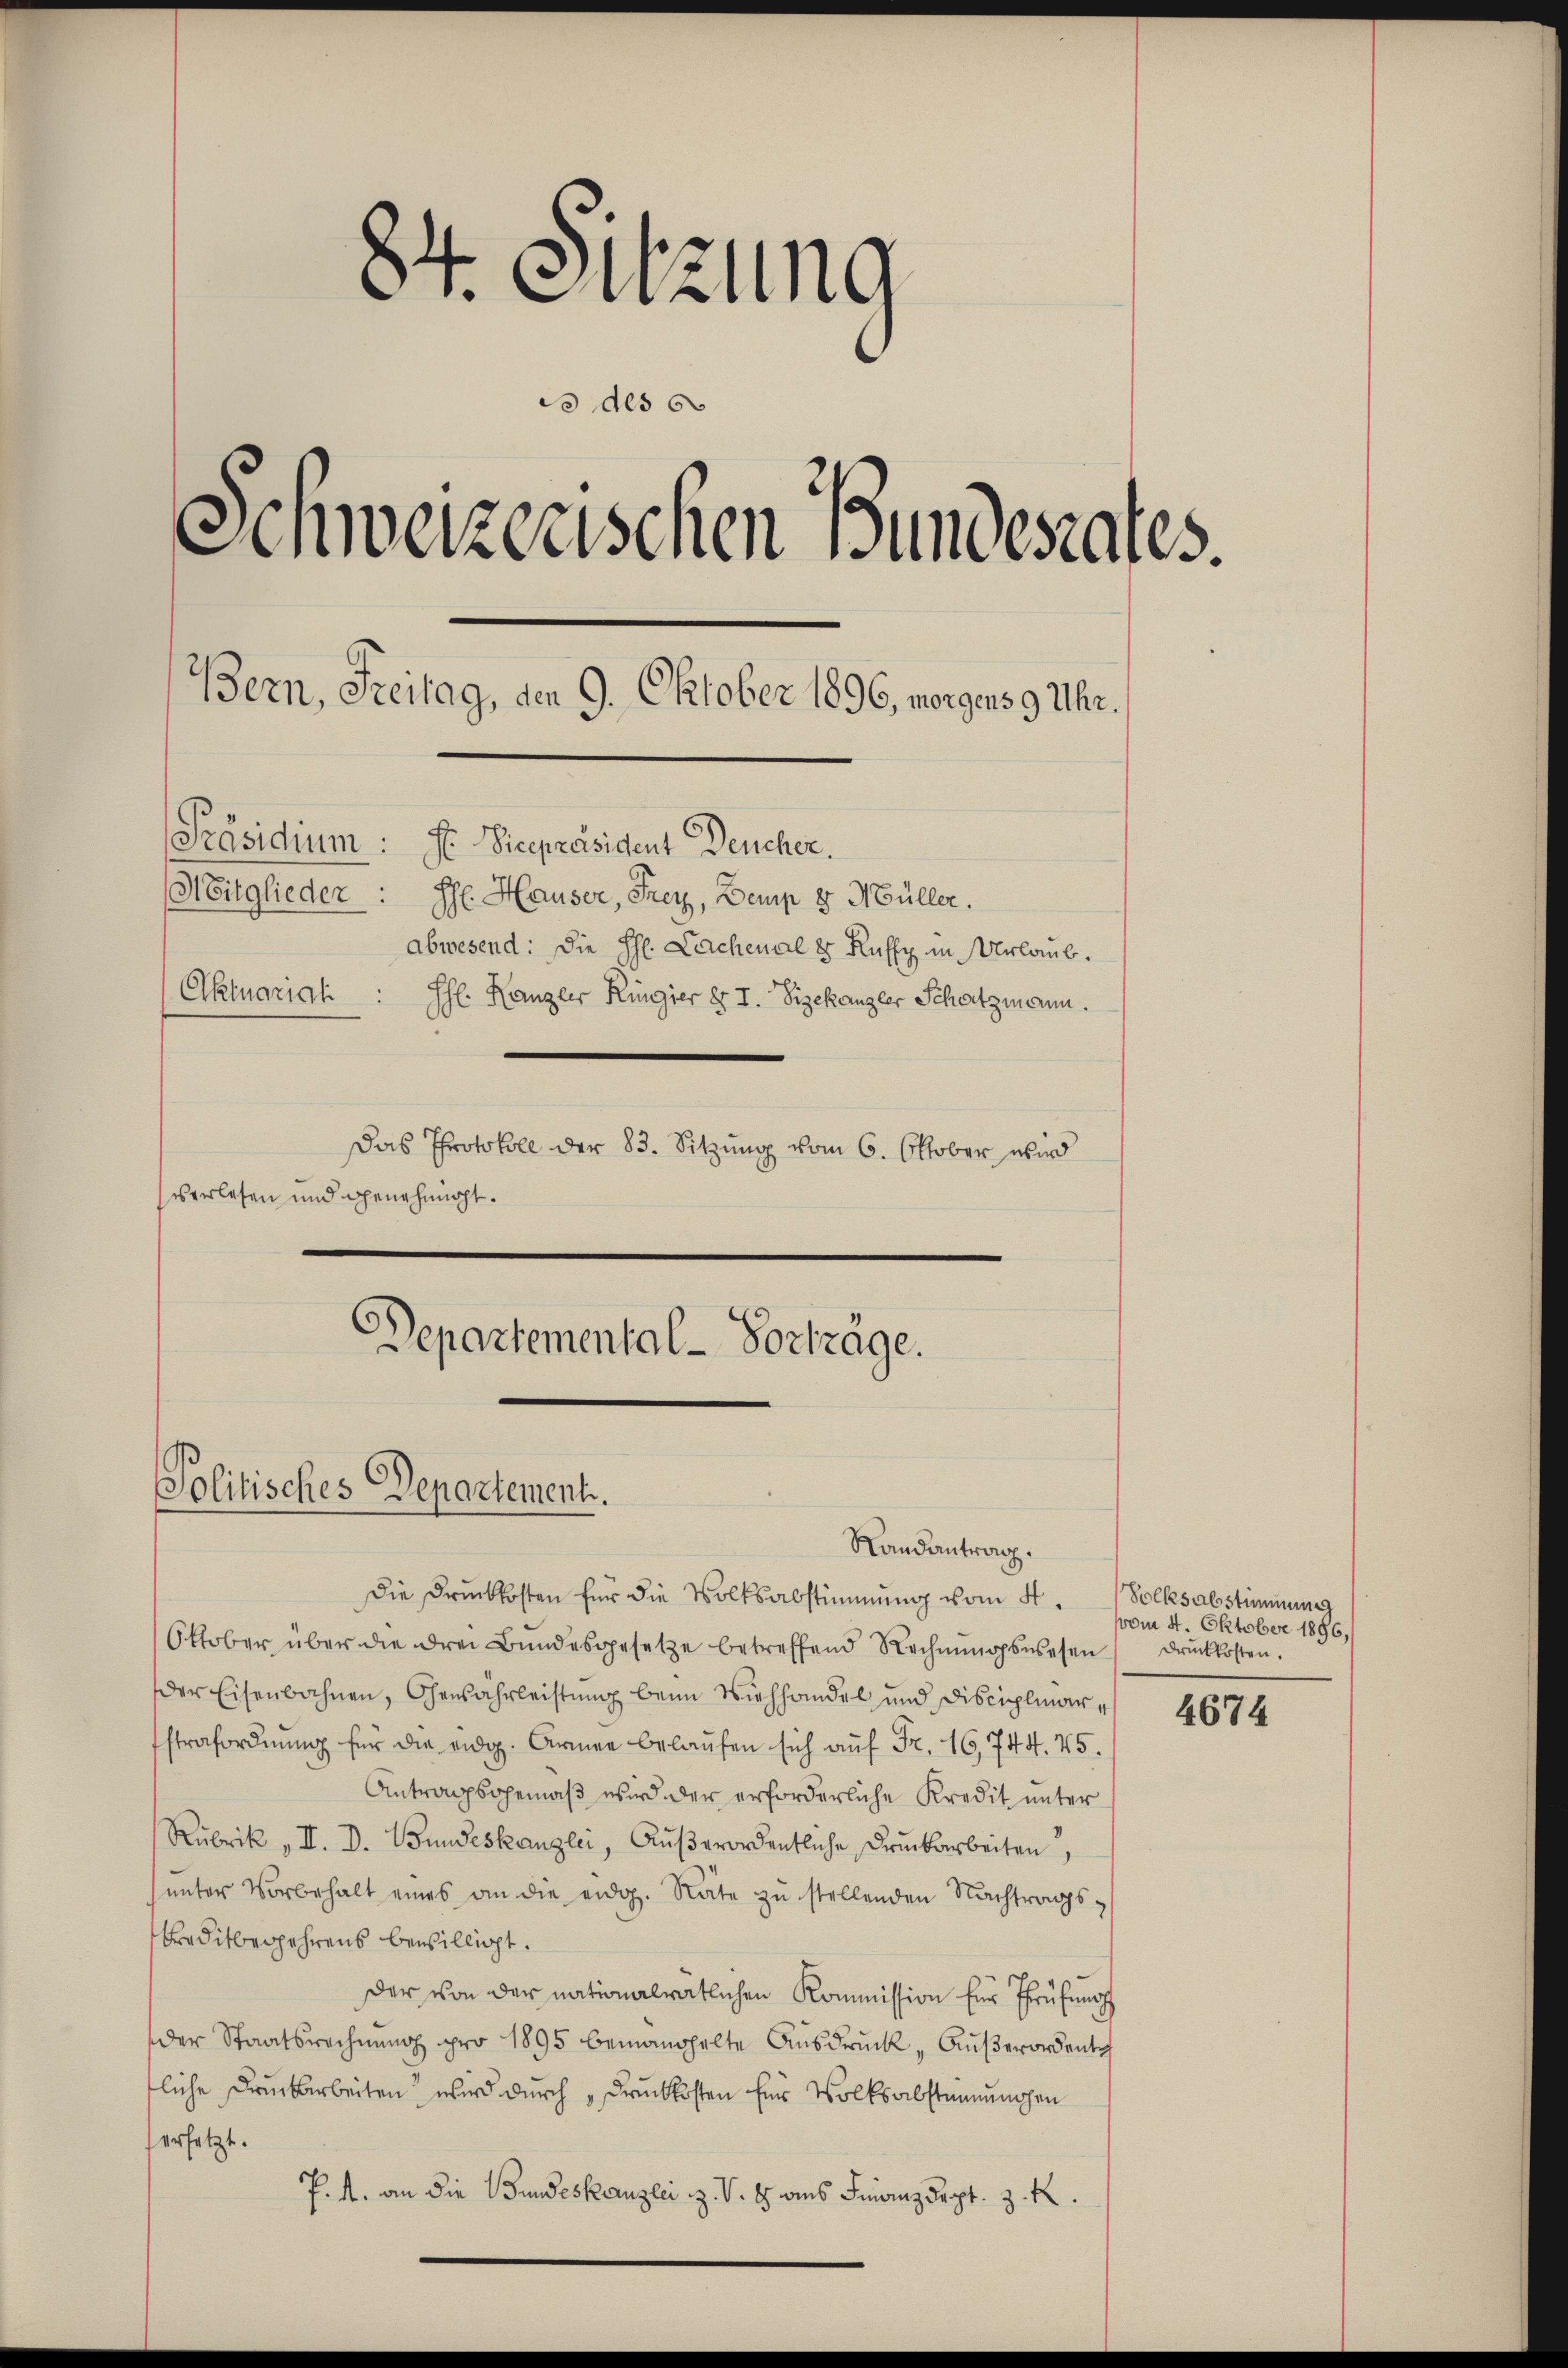
s
. Sitzung
is des 6
Schweizerischen Bundesrates.

Bern, Freitag, den 9. Oktober 1896, morgens 9 Uhr.

[Präsidium: St Vicepräsident Deucher.
Mitglieder: H. Hauser, Frey, Demp v Müller.
abwesend: Die H. Lachenal & Ruffy in Urlaub.
Aktuariat : Isl. Kanzler Ringier § I. Vizekanzler Schatzmann.
Das Protokoll der 83. Sitzung vom 6. Oktober wird
verlesen und genehmigt.
Departemental-Vorträge.

Politisches Departement.
Randantrag.

Die Druckkosten für die Volksabstimmung vom 4. Volksabstimmung
Oktober über die drei Bŭndesgesetze betreffend Rechnŭngswesen drückkosten.
der Eisenbahnen, Gewährleistŭng beim Viehhandel und Disciplmar 4674
strafordnung für die eidg. Armee belaufen sich auf Fr. 16, 744. 45.
Antragsgemäβ wird der erforderliche Kredit ŭnter
Rubrik „ II. D. Bundeskanzlei, Aŭβerordentliche Druckarbeiten
ŭnter Vorbehalt eines an die eidg. Räte zu stellenden Nachtrags-
Kreditbegehrens bewilligt.
Der von der nationalrätlichen Kommission für Prüfung
der Staatsrechnung pro 1895 bemanchelte Ausdruck, Außerordente
tliche Druckarbeiten wird durch Druckkosten für Volksabsteinungen
ersetzt.
P. M. an die Bundeskanzlei z. V. B. dies Finanzdept. z. R.

vom 4. Oktober 1896,